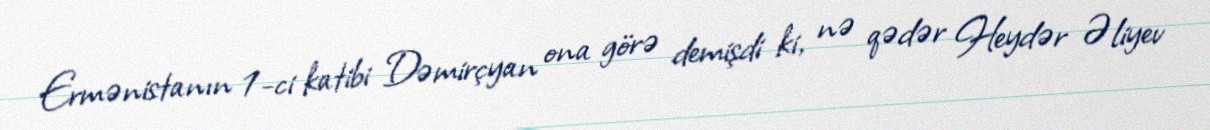
Ermənistanın 1-ci katibi Dəmirçyan ona görə demişdi ki, nə qədər Heydər Əliyev